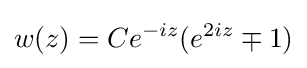
w(z)=Ce^{-iz}(e^{2iz}\mp 1)